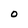
Character: O